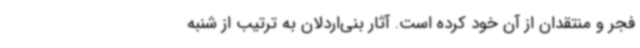
فجر و منتقدان از آن خود کرده است. آثار بنی‌اردلان به ترتیب از شنبه